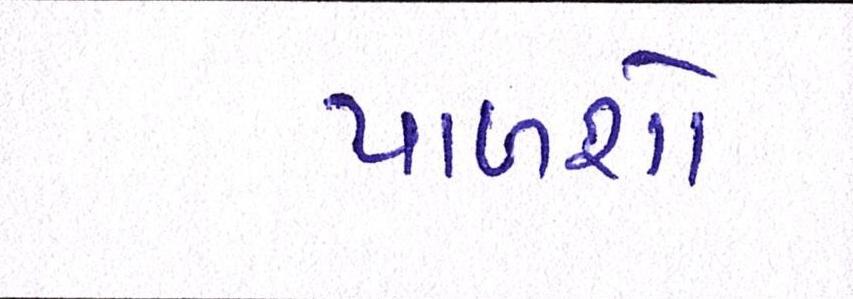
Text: પાળશો